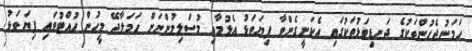
ހަމަނުޖެހުންތަކުގެ ދަނޑިވަޅުތަކުގައި އެކަށީގެންވާ ފިޔަވަޅު އެޅުމާއި މުސްލިމުންނަށް ހަމަލާދޭ މީހުން ހުއްޓުވައި ފިޔަވަޅު